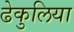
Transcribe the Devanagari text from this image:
ढेकुलिया